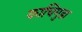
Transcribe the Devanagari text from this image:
काचिगुडा